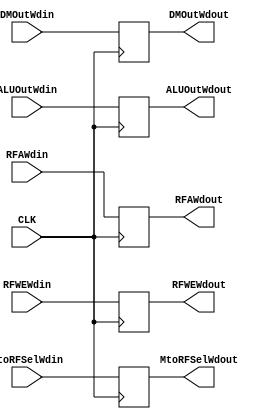
`timescale 1ns / 1ps
//////////////////////////////////////////////////////////////////////////////////
// 
//////////////////////////////////////////////////////////////////////////////////


module WriteBackRegister(input CLK, 
                               RFWEWdin,
                               MtoRFSelWdin,
                   input[31:0] DMOutWdin,
                               ALUOutWdin,
                    input[4:0] RFAWdin,
                    output reg RFWEWdout,
                               MtoRFSelWdout,
             output reg [31:0] DMOutWdout,
                               ALUOutWdout,
             output reg [4:0]  RFAWdout);
     
always @(posedge CLK) begin
RFWEWdout <= RFWEWdin;
MtoRFSelWdout <= MtoRFSelWdin;
DMOutWdout <= DMOutWdin;
ALUOutWdout <= ALUOutWdin;
RFAWdout <= RFAWdin;
end
                            
endmodule